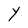
Character: Y